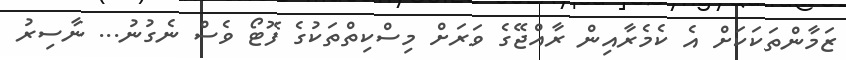
ޒަމާންތަކަކަށް އެ ކެމެރާއިން ރާއްޖޭގެ ވަރަށް މިސްކިތްތަކުގެ ފޮޓޯ ވެސް ނެގުނު... ނާސިރު